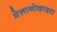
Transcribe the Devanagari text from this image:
मेलानोकाइटा